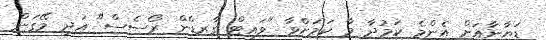
ޑަޔާނާއަށް އެންމެ ކަމުދާ މާ ކަމަށްވާ "ވައިޓް ގާރޑްން ރޯސެސް" އަދި މޭގަން